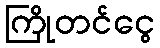
ကြိုတင်ငွေ